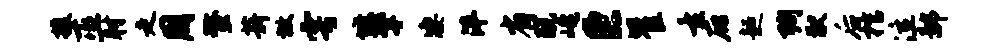
援巫肘走周螯薪放雩墩擎凄泮省兢崦巨瞿重庇超殉猷后棺泣鄙